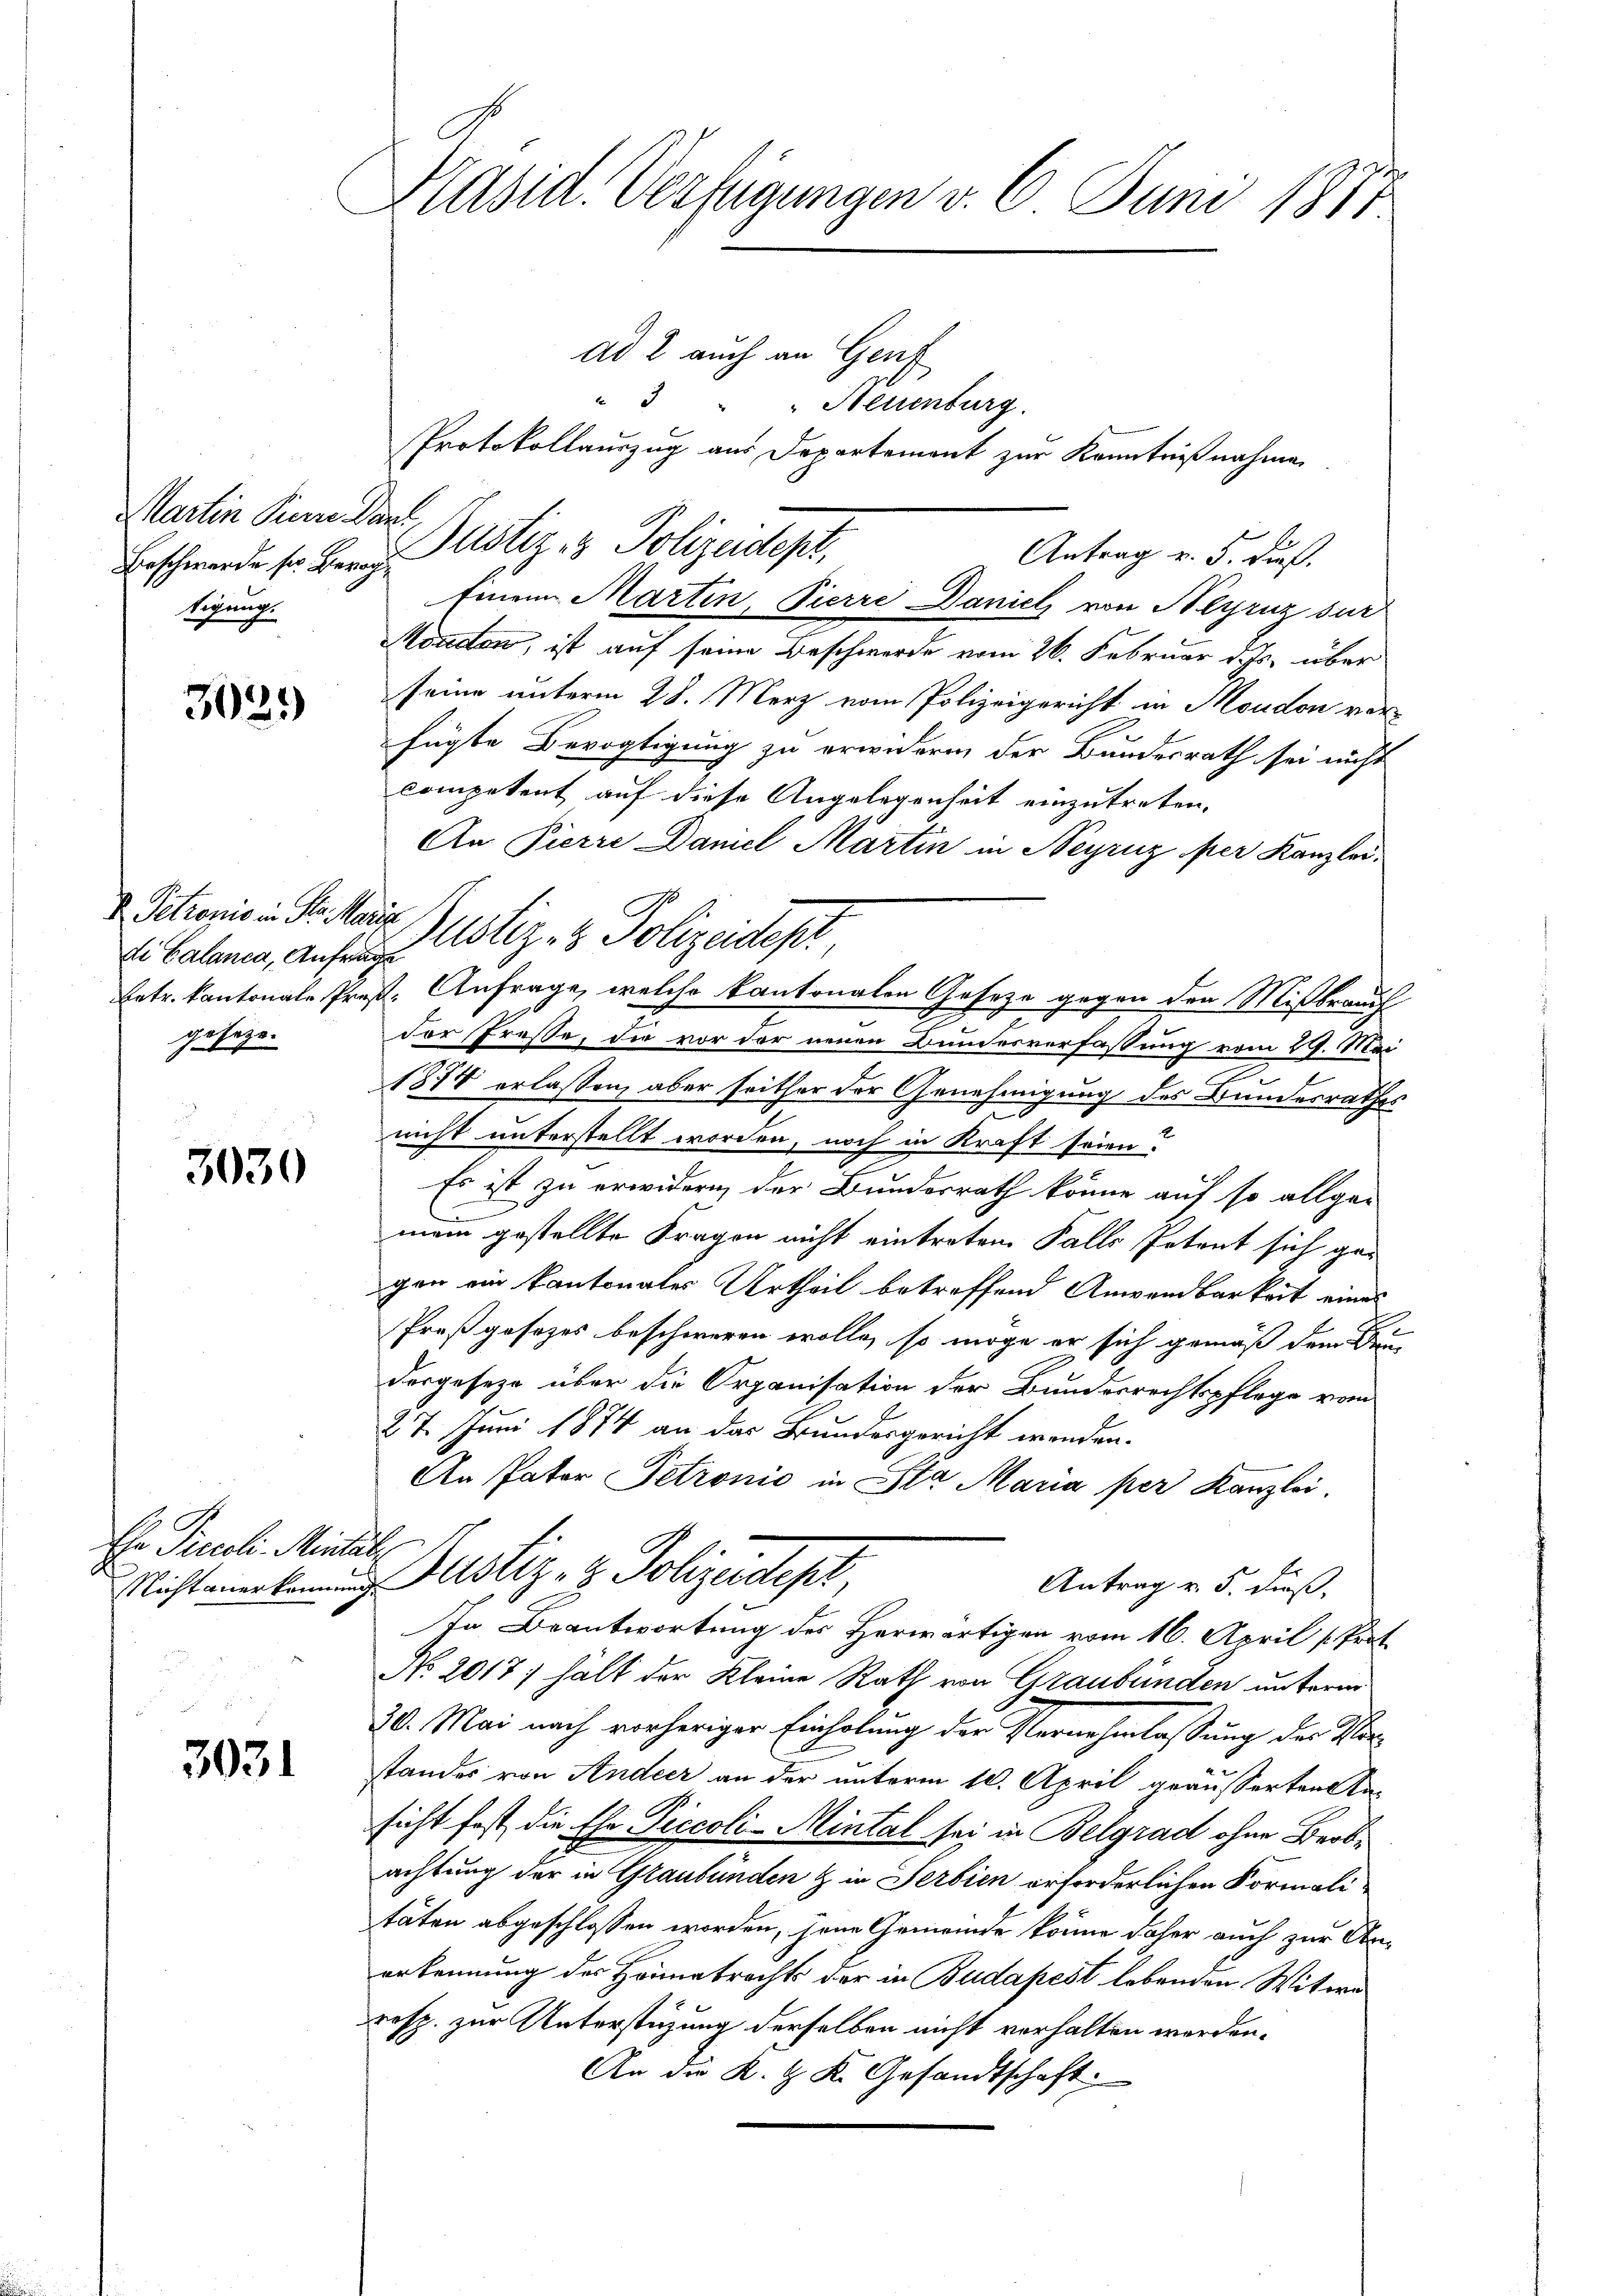
Martin Pierre Dans
Beschwerde sr Berg,
tigung.

3029)

di Calanca, Anfrag
gesetze.

3030

Ehr Precoli Mintal

3031

Präsid. Verfügungen v. 6. Juni 1877

Ad 2 auch an Genf
Morden, ist auf seine Beschwerde vom 26. Februar d. Js. über
seine unterm 28. Merz vom Polizeigericht in Moudon vorfügte Bevogtigung zu erwidern der Bundesrath sei nicht
competent auf diese Angelegenheit einzutreten.
An Pierre Daniel Martin in Neyrnz per Kanzleider Fresse, die vor der neuen Bundesverfassung vom 29. Mai
n
1874 erlassen, aber seither der Genehmigung des Bundesrathes
nicht unterstellt worden, noch in Kraft seien?
Es ist zu erwidern der Bundesrath könne auf so allge-
mein gestellte Fragen nicht eintreten Falls Petent sich gegen ein Kantonales Urtheil betreffend Anwendbarkeit eines
Preßgesezes beschweren wolle, so möge er sich gemäß dem Brun
dergesetze über die Organisation der Bundesrechtspflege vom
27. Juni 1874 an das Bundesgericht werden.
An Pater Petronio in Sta Maria per Kanzlei.
Nichtemakenung Justiz- & Polizeidept,
Antrag v. 5. dieß,
In Beantwortung des Herwärtigen vom 16. April [Prot
No 2017; hält der Kleine Rath von Graubünden unterm
30. Mai nach vorheriger Einholung der Vernehmlassung der Verstandes von Andeer an der unterm 10. April geäusserten An-
sicht fast, die Ehe Piccoli-Mintal sei in Belgrad ohne Bertachtung der in Graubünden & in Serbien erforderlichen Formalitäten abgeschlossen worden, jene Gemeinde könne daher auch zur Anerkennung des Heimatrechts der in Budapest lebenden Witwe
resp. zur Unterstüzung derselben nicht verhalten werden.
An die K. G. K. Gesandtschaft.

3 " " Neuenburg.
Protokollauszug aus Departement zur Kenntnißnahme
Dustiz- & Polizeidept,
Antrag v. 5. Fuß.
Einem Martin, Pierre Daniel von Alyruz sur

I. Schronis in St. Mais Justiz- & Polizeidest
Eetr. kantonale Prof. Anfrage, welche kantonalen Gesetze gegen der Mißbrauch